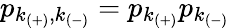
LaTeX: p_{k_{(+)},k_{(-)}}=p_{k_{(+)}}p_{k_{(-)}}